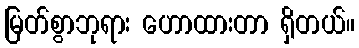
မြတ်စွာဘုရား ဟောထားတာ ရှိတယ်။